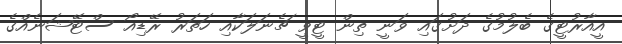
އީއާރުޓީގެ ބެލުމުގެ ދަށުގައި ވަނީ ތިން ޓީވީ ޗެނަލަކާއި ހަތަރު ރޭޑިއޯ ސްޓޭޝަނެއްގެ